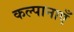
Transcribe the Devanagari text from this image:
कल्पानाएँ